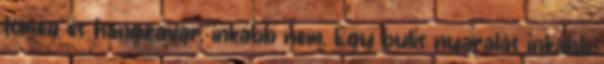
tömeg és hangzavar, inkább nem. Egy bulis nyaralás inkább